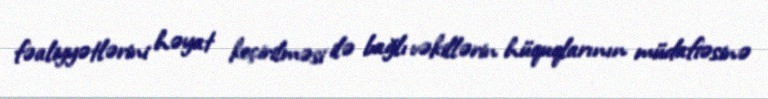
fəaliyyətlərini həyat keçirilməsi ilə bağlı vəkillərin hüquqlarının müdafiəsinə